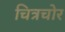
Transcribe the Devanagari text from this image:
चित्रचोर